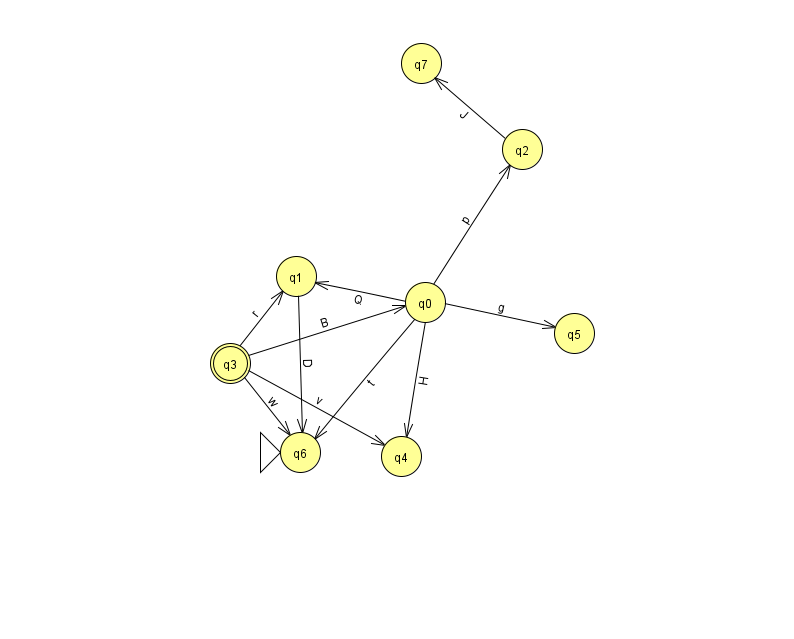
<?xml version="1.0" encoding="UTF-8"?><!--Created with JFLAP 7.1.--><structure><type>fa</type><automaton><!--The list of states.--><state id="0" name="q0"><x>425.0</x><y>289.0</y></state><state id="1" name="q1"><x>296.0</x><y>263.0</y></state><state id="2" name="q2"><x>522.0</x><y>136.0</y></state><state id="3" name="q3"><x>230.0</x><y>350.0</y><final/></state><state id="4" name="q4"><x>401.0</x><y>443.0</y></state><state id="5" name="q5"><x>574.0</x><y>320.0</y></state><state id="6" name="q6"><x>300.0</x><y>439.0</y><initial/></state><state id="7" name="q7"><x>421.0</x><y>50.0</y></state><!--The list of transitions.--><transition><from>0</from><to>2</to><read>p</read></transition><transition><from>0</from><to>1</to><read>Q</read></transition><transition><from>3</from><to>6</to><read>w</read></transition><transition><from>0</from><to>5</to><read>g</read></transition><transition><from>3</from><to>4</to><read>v</read></transition><transition><from>0</from><to>4</to><read>H</read></transition><transition><from>2</from><to>7</to><read>J</read></transition><transition><from>0</from><to>6</to><read>t</read></transition><transition><from>1</from><to>6</to><read>D</read></transition><transition><from>3</from><to>0</to><read>B</read></transition><transition><from>3</from><to>1</to><read>r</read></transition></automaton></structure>